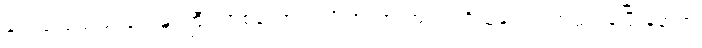
ခင်လှလှသည် ဗိုလ်မှူးကြီး တစ်ယောက်လို အလားအလာ ရှိသူနှင့် လက်ထပ်ခဲ့ပြီးနောက်